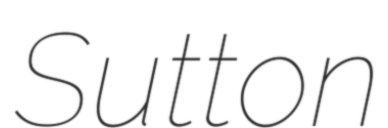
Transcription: Sutton